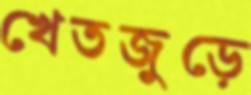
খেতজুড়ে